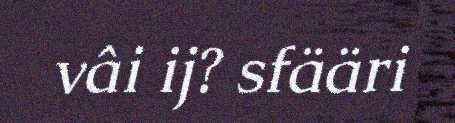
vâi ij? sfääri